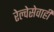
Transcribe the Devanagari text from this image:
रेल्वेसेवाही